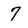
Character: 7